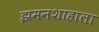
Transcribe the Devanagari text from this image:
झमनशाहाला